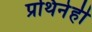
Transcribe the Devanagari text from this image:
प्रथिनेही